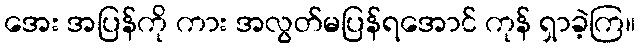
အေး အပြန်ကို ကား အလွတ်မပြန်ရအောင် ကုန် ရှာခဲ့ကြ။